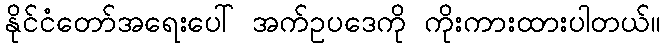
နိုင်ငံတော်အရေးပေါ် အက်ဥပဒေကို ကိုးကားထားပါတယ်။